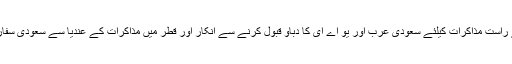
مگر طالبان کی جانب سے افغان حکومت سے برائے راست مذاکرات کیلئے سعودی عرب اور یو اے ای کا دباؤ قبول کرنے سے انکار اور قطر میں مذاکرات کے عندیا سے سعودی سفارتی کوششوں کو سخت دھچکا پہنچنے کا امکان ہے ۔